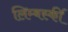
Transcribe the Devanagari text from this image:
लिम्बर्स्की